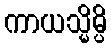
ကာယသ္မိမ္ပိ